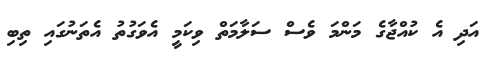
އަދި އެ ކުއްޖާގެ މަންމަ ވެސް ސަލާމަތް ވިކަމީ އެވަގުތު އެތަނުގައި ތިބި